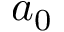
a _ { 0 }